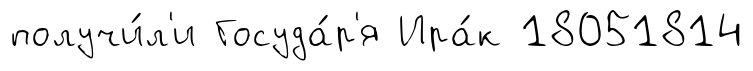
получи́л'и Госуда́р'я Ира́к 18051814